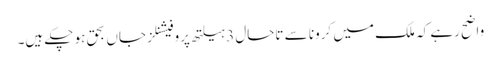
واضح رہے کہ ملک میں کرونا سے تاحال 3 ہیلتھ پروفیشنلز جاں بحق ہو چکے ہیں۔